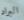
البراد